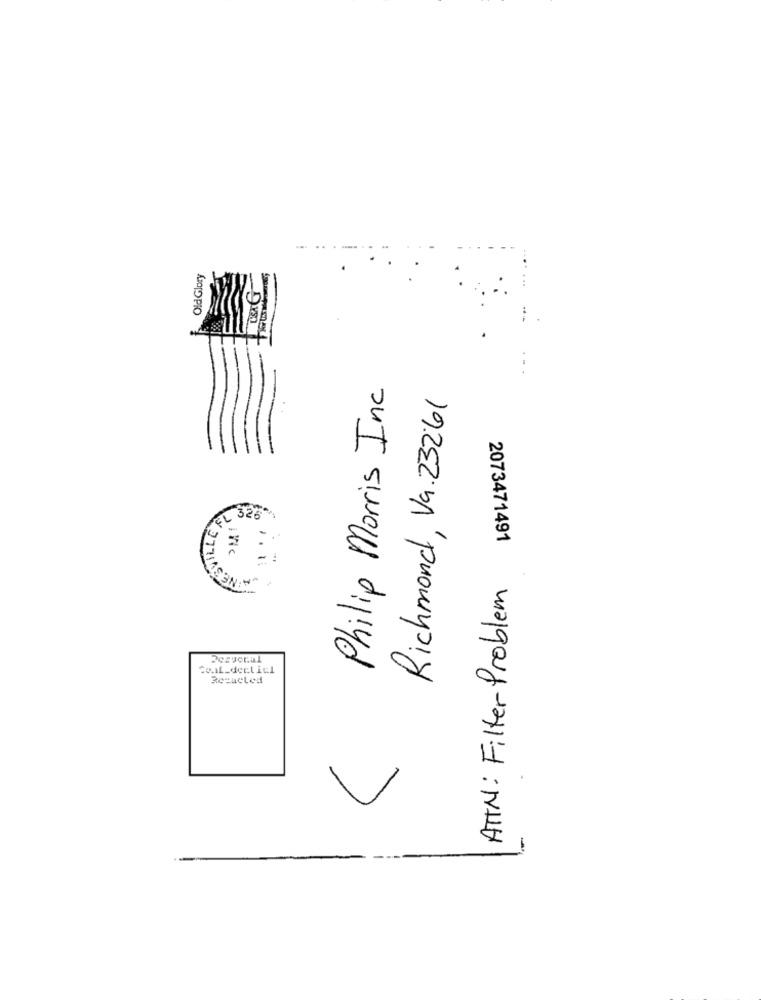
Old Glory
Philip Morris Inc
Richmond, Va. 23261
LESVILLERY
326
-
2073471491
-
ATTN: Filter Problem